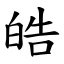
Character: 皓